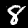
Label: 8